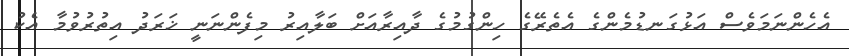
އެހެންނަމަވެސް އަޅުގަނޑުމެންގެ އެތެރޭގެ ހިންގުމުގެ ދާއިރާއަށް ބަލާއިރު މިފެންނަނީ ޚަރަދު އިތުރުވުމާ އެކު